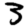
Digit: 3